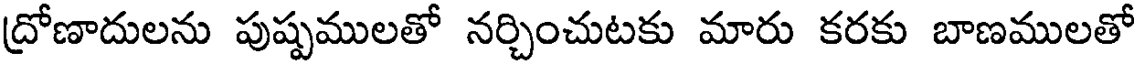
ద్రోణాదులను పుష్పములతో నర్చించుటకు మారు కరకు బాణములతో